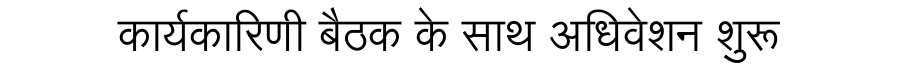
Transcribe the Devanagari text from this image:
कार्यकारिणी बैठक के साथ अधिवेशन शुरू